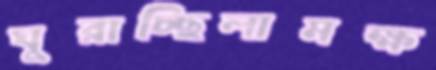
ঘুরাচ্ছিলামক্ষ